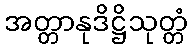
အတ္တာနုဒိဋ္ဌိသုတ္တံ